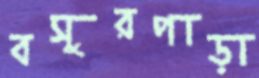
বসুরপাড়া